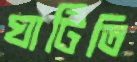
ঘাটিতি